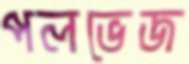
পলভেজ